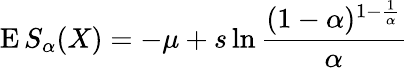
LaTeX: \operatorname{E}S_{\alpha}(X)=-\mu+s\ln{\frac{(1-\alpha)^{1-{\frac{1}{\alpha}}}}{\alpha}}